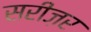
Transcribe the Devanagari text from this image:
सरीज़र